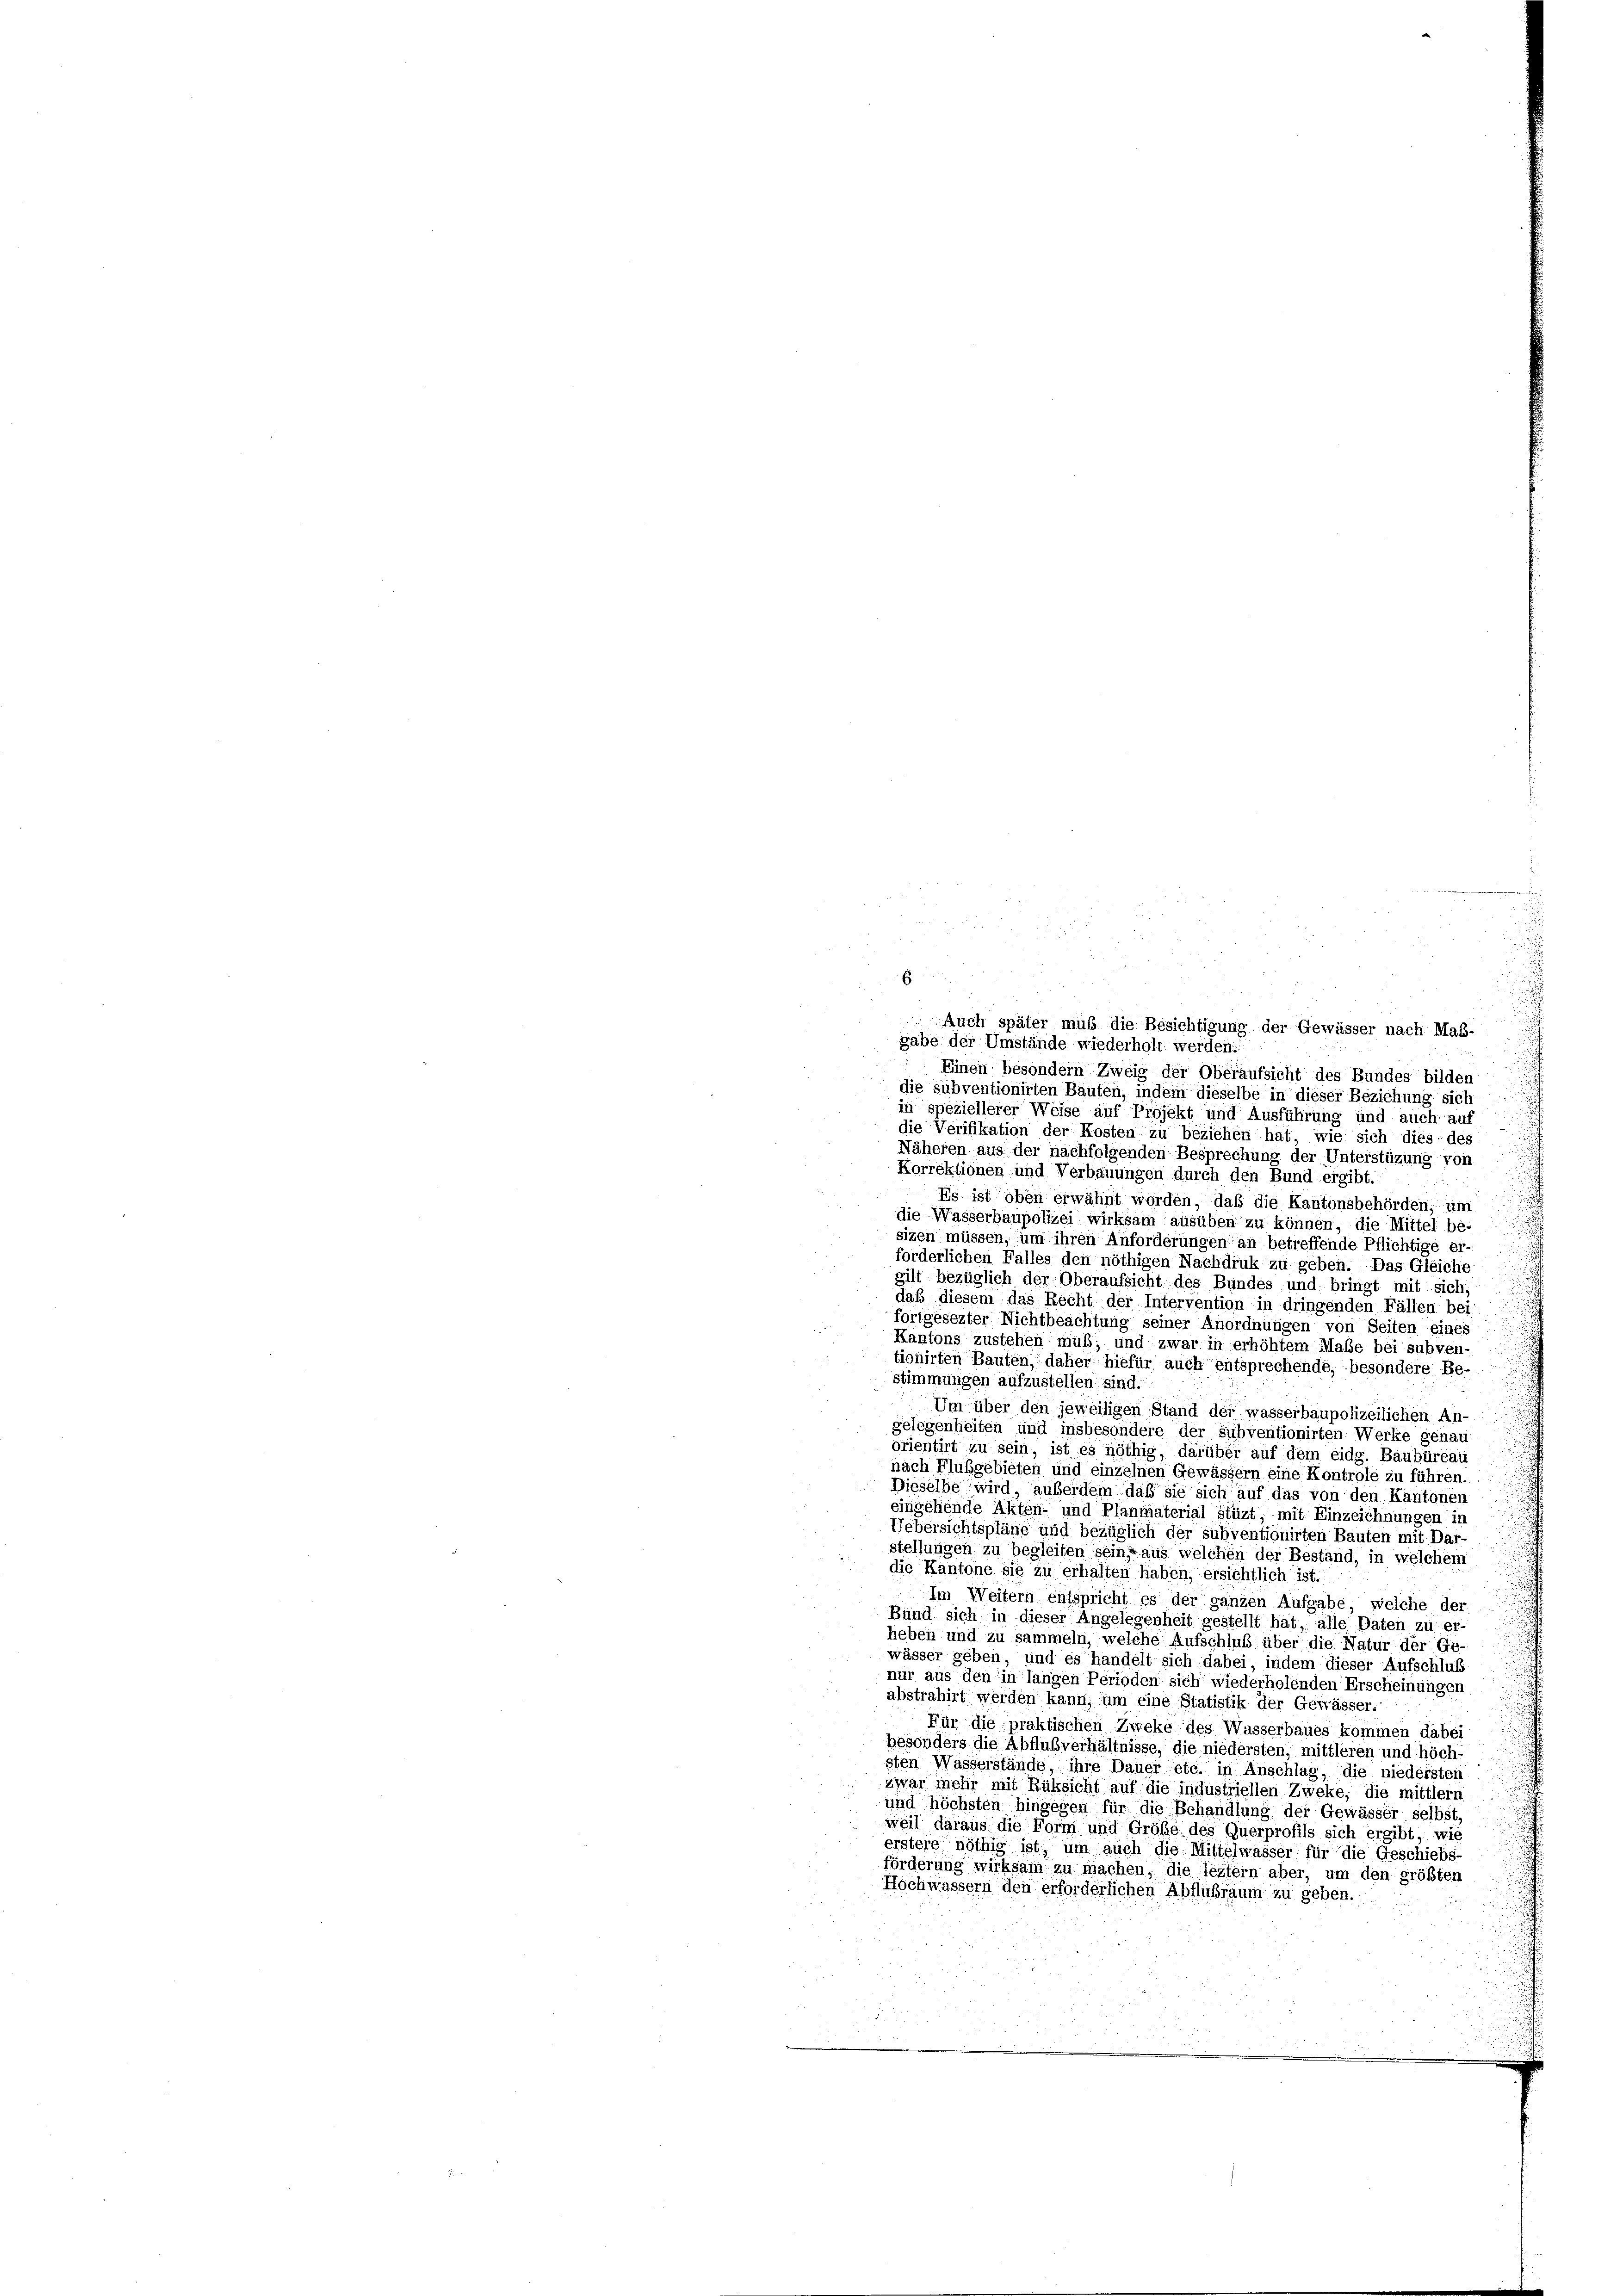
6
Auch später muß die Besichtigung der Gewässer nach Maß-
gabe der Umstände wiederholt werden.
Einen besondern Zweig der Oberaufsicht des Bundes bilden
die subventionirten Bauten, indem dieselbe in dieser Beziehung sich
in speziellerer Weise auf Projekt und Ausführung und auch auf
die Verifikation der Kosten zu beziehen hat, wie sich dies: des
s
Näheren aus der nachfolgenden Besprechung der Unterstüzung von
Korrektionen und Verbauungen durch den Bund ergibt.
Es ist oben erwähnt worden, daß die Kantonsbehörden, um
die Wasserbaupolizei wirksam ausüben zu können, die Mittel be-
sizen müssen, um ihren Anforderungen an betreffende Pflichtige er-
forderlichen Falles den nöthigen Nachdruk zu geben. Das Gleiche
gilt bezüglich der Oberaufsicht des Bundes und bringt mit sich,
daß diesem das Recht der Intervention in dringenden Fällen bei
fortgesezter Nichtbeachtung seiner Anordnungen von Seiten eines
Kantons zustehen muß; und zwar in erhöhtem Maße bei subven-
tionirten Bauten, daher hiefür auch entsprechende, besondere Be-
stimmungen aufzustellen, sind.
Um über den jeweiligen Stand der wasserbaupolizeilichen An-
gelegenheiten und insbesondere der subventionirten Werke genau
orientirt zu sein, ist es nöthig, darüber auf dem eidg. Baubüreau
nach Flußgebieten und einzelnen Gewässern eine Kontrole zu führen.
Dieselbe wird außerdem daß sie sich auf das von den Kantonen
eingehende Akten- und Planmaterial stüzt, mit Einzeichnungen in
Uebersichtspläne und bezüglich der subventionirten Bauten mit Dar-
stellungen zu begleiten sein, aus welchen der Bestand, in welchem
die Kantone sie zu erhalten haben, ersichtlich ist.
Im Weitern entspricht es der ganzen Aufgabe, welche der
Bund sich in dieser Angelegenheit gestellt hat, alle Paten zu er-
heben und zu sammeln, welche Aufschluß über die Natur der Ge-
wässer geben, und es handelt sich dabei, indem dieser Aufschluß
nur aus den in langen Perioden sich wiederholenden Erscheinungen
abstrahirt werden kann, um eine Statistik der Gewässer.
Für die praktischen Zweke des Wasserbaues kommen dabei
besonders die Abflußverhältnisse, die niedersten, mittleren und höch-
sten Wässerstände, ihre Dauer etc. in Anschlag, die niedersten
zwar mehr mit Rüksicht auf die industriellen Zweke, die mittlern
und höchsten hingegen für die Behandlung der Gewässer selbst,
weil daraus die Form und Größe des Querprofils sich ergibt, wie
erstere nöthig ist, um auch die Mittelwasser für die Geschiebs-
förderung wirksam zu machen, die leztern aber, um den größten
Hochwassern den erforderlichen Abflußraum zu geben.